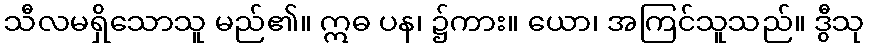
သီလမရှိသောသူ မည်၏။ ဣဓ ပန၊ ၌ကား။ ယော၊ အကြင်သူသည်။ ဒွီသု